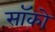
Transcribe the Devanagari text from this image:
सॉको